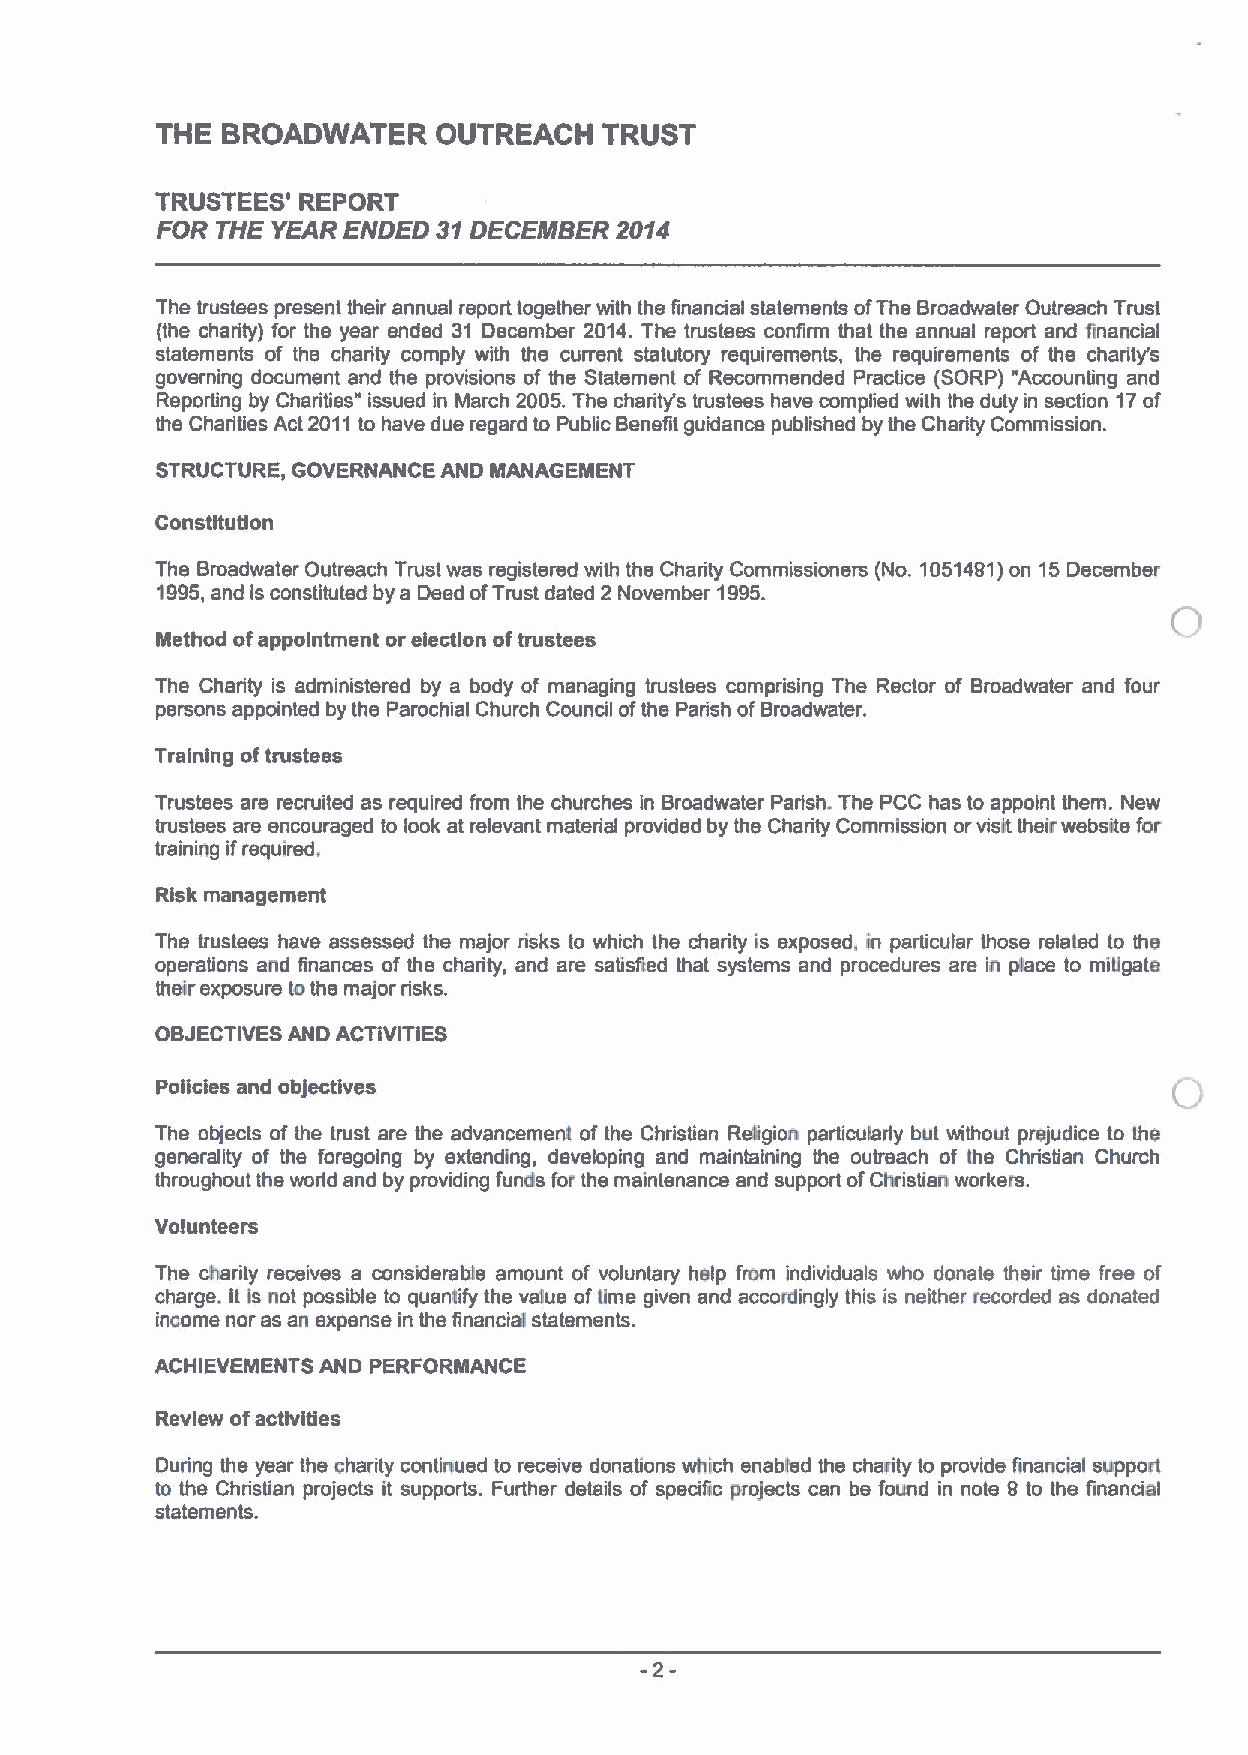
THE  BROADWATER    OUTREACH   TRUST
 TRUSTEES' REPORT
 FOR THE YEAR ENDED 31DECEMBER  2014
 The trustees present their annual report together with the financial statements ofThe Broadwater Outreach Trust
 (the charity) for the year ended 31 December 2014. The trustees confirm that the annual report and financial
 statements of the charity comply with the current statutory requirements, the requirements of the charity's
 governing document and the provisions of the Statement of Recommended Practice (SORP) "Accounting and
 Reporting by Charities" issued in March 2005.The charity's trustees have complied with the duty in section 17of
 the Charities Act 2011to have due regard to Public Benefit guidance published by the Charity Commission.
 STRUCTURE, GOVERNANCE AND MANAGEMENT
 Constitution
 The Broadwater Outreach Trust was registered with the Charity Commissioners (No. 1051481)on 15December
 1995,and is constituted by a Deed ofTrust dated 2 November 1995.
 Method ofappointment or election oftrustees
 Ths Charity is administered by a body of managing trustees comprising The Rector of Broadwatsr and four
 persons appointed by the Parochial Church Council ofthe Parish ofBroadwater.
 Training oftrustees
 Trustees are recruited as required from the churches in Broadwater Parish, The PCC has to appoint them. New
 trustees are encouraged to look at relevant material provided by the Charity Commission orvisit their wsbsite for
 training ifrequired,
 Risk management
 The trustees have assessed the major risks to which the charity is exposed, in pariicular those related to the
 operations and finances of the charity, and are satisfied that systems and procedures are in place to mitigate
 their exposure tothe major risks.
 OBJECTIVESAND ACTiVITIES
 Policies and objectives
 The objects of the trust are the advancement of the Christian Religion particularly but without prejudice to the
 generality of the foregoing by extending, developing and maintaining the outreach of the Christian Church
 throughout the world and by providing funds for the maintenance and support ofChristian workers.
 Volunteers
 The charity receives a considerable amount of voluntary help from individuals who donate their time free of
 charge, It is not possible to quanlify the value oflime given and accordingly this is neither recorded as donated
 income nor as an expense in the financial statements.
 ACHIEVEMENTS AND PERFORMANCE
 Review ofactivities
 During the year the charity continued to receive donations which enabled the charity to provide financial support
 to the Christian projects it supports. Further details of speciTic proJects can be found in note 8 to the financial
 statements.
 -2-